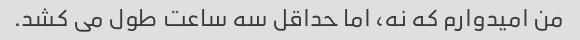
من امیدوارم که نه، اما حداقل سه ساعت طول می کشد.